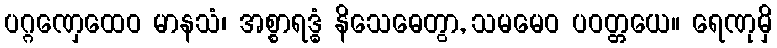
ပဂ္ဂဏှေထေဝ မာနသံ၊ အစ္စာရဒ္ဓံ နိသေဓေတွာ, သမမေဝ ပဝတ္တယေ။ ရေဏုမှိ